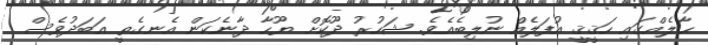
ޙާލެއްގައި ހަޤީޤީ އުފަލެއް ނުލިބެއެވެ. ޝަހުރު ދޫކޮށް ޔޫހާ ދާނެކަން އެނގެތީ އަބަދުވެސް